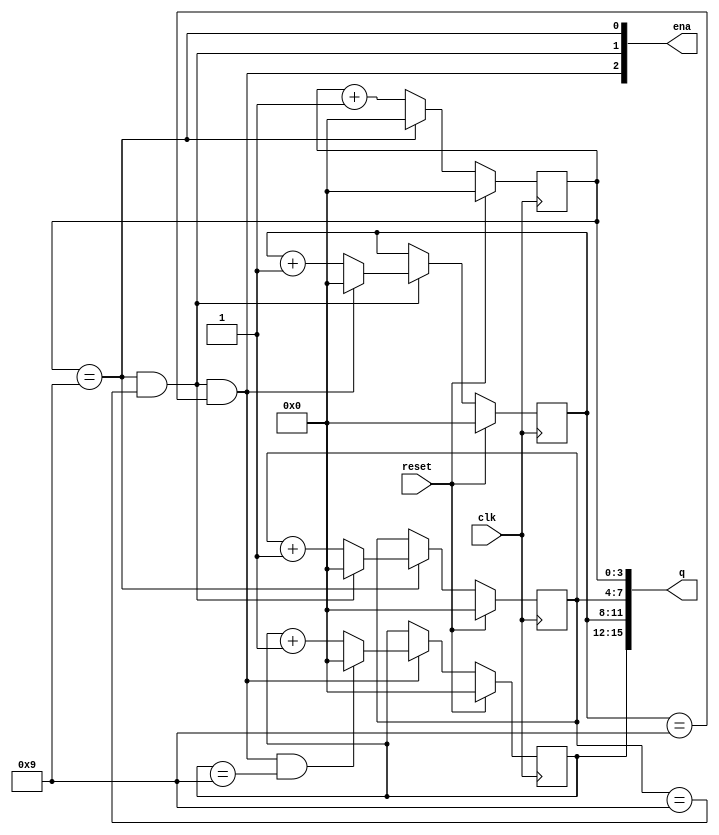
`timescale 1ns / 1ps

module bcd_counter(
    input clk,
    input reset,   // Synchronous active-high reset
    output [3:1] ena,
    output [15:0] q);

reg [3:0] cnt0, cnt1, cnt2, cnt3;
assign q = {cnt3, cnt2, cnt1, cnt0};

wire add_cnt0, end_cnt0, add_cnt1, end_cnt1, add_cnt2, end_cnt2, add_cnt3, end_cnt3;
assign ena = {add_cnt3, add_cnt2, add_cnt1};

always @ (posedge clk) begin
    if (reset) begin
        cnt0 <= 0;
    end
    else if (add_cnt0) begin
        if (end_cnt0)
            cnt0 <= 0;
        else
            cnt0 <= cnt0 + 1'b1;
    end
end
assign add_cnt0 = 1;
assign end_cnt0 = add_cnt0 && cnt0 == 10 - 1;

always @ (posedge clk) begin
    if (reset) begin
        cnt1 <= 0;
    end
    else if (add_cnt1) begin
        if (end_cnt1)
            cnt1 <= 0;
        else
            cnt1 <= cnt1 + 1'b1;
    end
end
assign add_cnt1 = end_cnt0;
assign end_cnt1 = add_cnt1 && cnt1 == 10 - 1;

always @ (posedge clk) begin
    if (reset) begin
        cnt2 <= 0;
    end
    else if (add_cnt2) begin
        if (end_cnt2)
            cnt2 <= 0;
        else
            cnt2 <= cnt2 + 1'b1;
    end
end
assign add_cnt2 = end_cnt1;
assign end_cnt2 = add_cnt2 && cnt2 == 10 - 1;

always @ (posedge clk) begin
    if (reset) begin
        cnt3 <= 0;
    end
    else if (add_cnt3) begin
        if (end_cnt3)
            cnt3 <= 0;
        else
            cnt3 <= cnt3 + 1'b1;
    end
end
assign add_cnt3 = end_cnt2;
assign end_cnt3 = add_cnt3 && cnt3 == 10 - 1;

endmodule